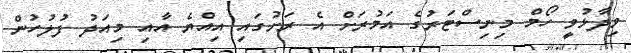
ވިދާޅުވީ ހޯމް މިނިސްޓަރުގެ އަމުރަށް އެ ރަށުގައި އިއްޔެ އާއި މިއަދު ފުލުހުން